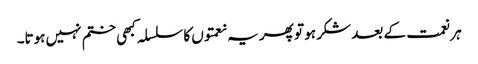
ہر نعمت کے بعد شکر ہو تو پھر یہ نعمتوں کا سلسلہ کبھی ختم نہیں ہوتا۔